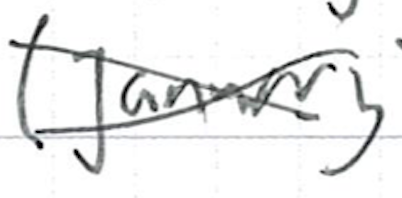
Text: (January
Cross-out: cross
Writing tool: ballpoint